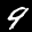
Label: 9